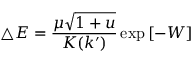
\triangle E = \frac { \mu \sqrt { 1 + u } } { K ( k ^ { \prime } ) } \exp { [ - W ] }